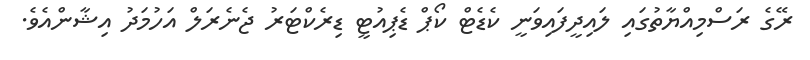
ރޭގެ ރަސްމިއްޔާތުގައި ލައިދީފައިވަނީ ކެޑެޓް ކޯޕް ޑެޕިއުޓީ ޑިރެކްޓަރު ޖެނެރަލް އަހުމަދު އިޝާންއެވެ.